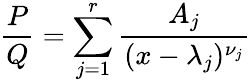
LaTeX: {\frac{P}{Q}}=\sum_{j=1}^{r}{\frac{A_{j}}{(x-\lambda_{j})^{\nu_{j}}}}